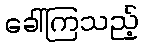
ခေါ်ကြသည့်